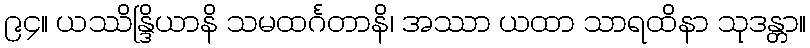
၉၄။ ယဿိန္ဒြိယာနိ သမထင်္ဂတာနိ၊ အဿာ ယထာ သာရထိနာ သုဒန္တာ။